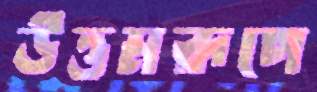
উত্তমরূপে